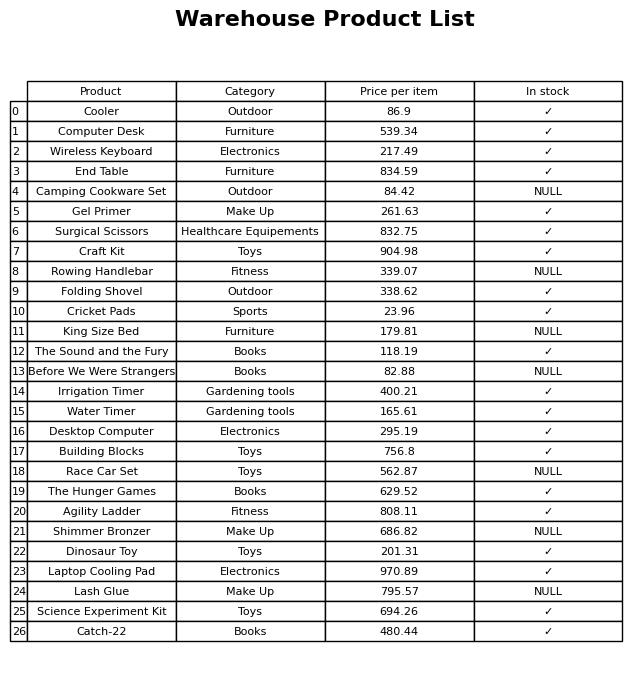
question: What category does the Agility Ladder belong to?
answer: Fitness